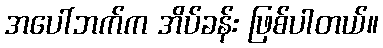
အပေါ်ဘက်က အိပ်ခန်း ဖြစ်ပါတယ်။